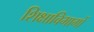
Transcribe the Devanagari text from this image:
शिक्षाविभागों